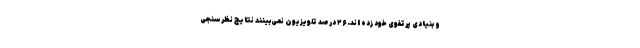
و بنیادی پرتفوی خود زده اند. ۲۶ درصد تلویزیون نمی‌بینند نتایج نظرسنجی